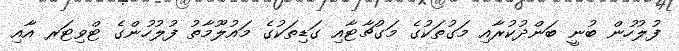
ފުލުހުން ބުނީ ބަންދުކުރާއި މަގުތަކުގެ މަގުޗާޓާއި ގަޑިތަކުގެ މައުލޫމާތު ފުލުހުންގެ ޓްވިޓަރ އާއި